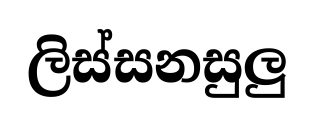
ලිස්සනසුලු